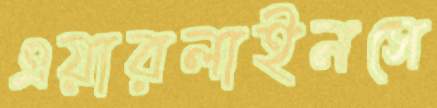
এয়ারলাইনসে